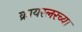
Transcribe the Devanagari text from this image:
क्रायस्लरच्या